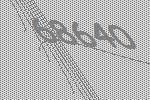
68640